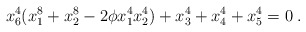
\begin{align*}x_6^4(x_1^8+x_2^8-2\phi x_1^4x_2^4)+x_3^4+x_4^4+x_5^4=0 \; . \end{align*}